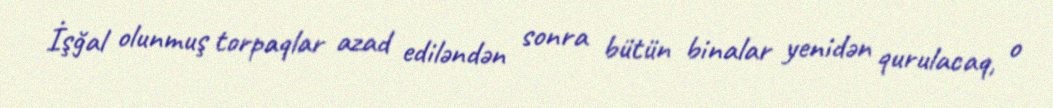
İşğal olunmuş torpaqlar azad ediləndən sonra bütün binalar yenidən qurulacaq, o